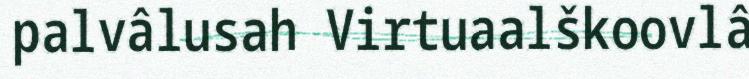
palvâlusah Virtuaalškoovlâ